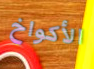
الأكواخ